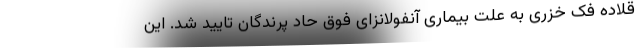
قلاده فک خزری به علت بیماری آنفولانزای فوق حاد پرندگان تایید شد. این